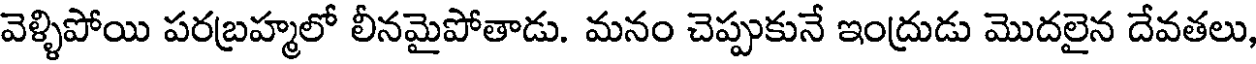
వెళ్ళిపోయి పరబ్రహ్మలో లీనమైపోతాడు. మనం చెప్పుకునే ఇంద్రుడు మొదలైన దేవతలు,